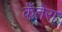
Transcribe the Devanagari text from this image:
कँतेरा